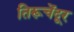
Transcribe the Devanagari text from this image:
तिरूचेंदूर